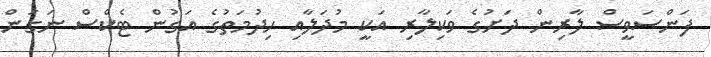
ފަންސަވީސް ލާރިން ދަށުގެ ވަކިލާރި އަކީ މުދަލާއި ހިދުމަތުގެ އަގުން ޓެކްސް ނަގަން